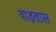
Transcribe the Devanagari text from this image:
वाड़ताल